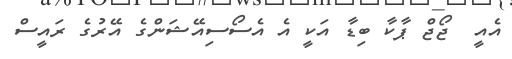
އެއީ  ޖޯޖް ޕާކާ ބިޑާ އަކީ އެ އެސޯސިއޭޝަންގެ އޭރުގެ ރައީސް